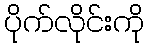
ပိုက်လိုင်းကို